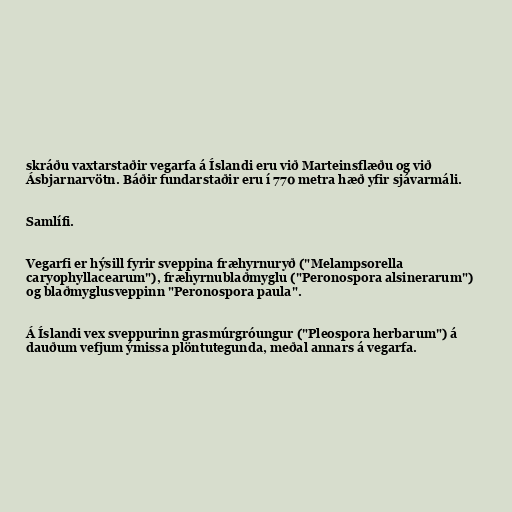
skráðu vaxtarstaðir vegarfa á Íslandi eru við Marteinsflæðu og við
Ásbjarnarvötn. Báðir fundarstaðir eru í 770 metra hæð yfir sjávarmáli.

Samlífi.

Vegarfi er hýsill fyrir sveppina fræhyrnuryð ("Melampsorella
caryophyllacearum"), fræhyrnublaðmyglu ("Peronospora alsinerarum")
og blaðmyglusveppinn "Peronospora paula".

Á Íslandi vex sveppurinn grasmúrgróungur ("Pleospora herbarum") á
dauðum vefjum ýmissa plöntutegunda, meðal annars á vegarfa.